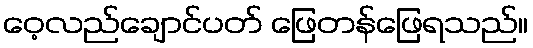
ဝေ့လည်ချောင်ပတ် ဖြေတန်ဖြေရသည်။